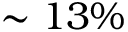
\sim 1 3 \%